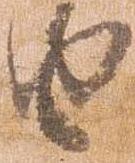
由